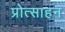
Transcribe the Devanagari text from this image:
प्रोत्साहन